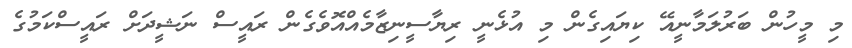
މި މީހުން ބަރުލަމާނީއޭ ކިޔައިގެން މި އުޅެނީ ރިޔާސީނިޒާމެއްއޮވެގެން ރައީސް ނަޝީދަށް ރައީސްކަމުގެ